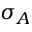
\sigma _ { A }